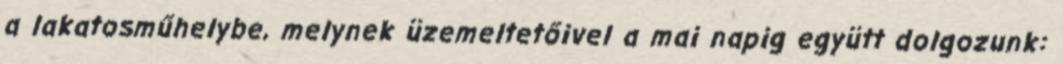
a lakatosműhelybe, melynek üzemeltetőivel a mai napig együtt dolgozunk: